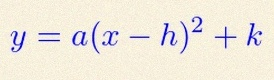
y=a(x-h)^2+k